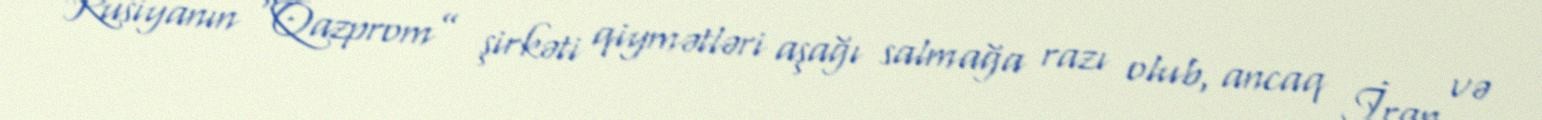
Rusiyanın “Qazprom” şirkəti qiymətləri aşağı salmağa razı olub, ancaq İran və